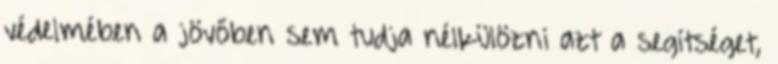
védelmében a jövőben sem tudja nélkülözni azt a segítséget,